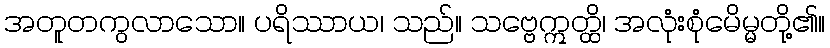
အတူတကွလာသော။ ပရိဿာယ၊ သည်။ သဗ္ဗေဣတ္ထိ၊ အလုံးစုံမေိမ္မတို့၏။